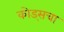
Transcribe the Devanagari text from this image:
कोड्सचा